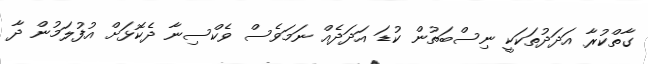
ގާތްކުރާ އަދަދުތަކަކީ ނިސްބަތުން ކުޑަ އަދަދެއް ނަމަވެސް ވެކްސިނާ ދެކޮޅަށް އުފުލަމުން ދާ